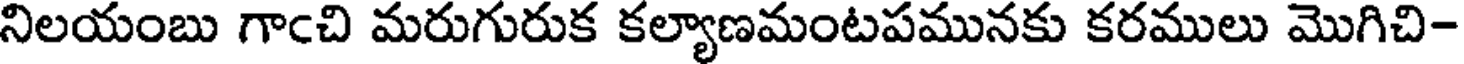
నిలయంబు గాఁచి మరుగురుక కల్యాణమంటపమునకు కరములు మొగిచి-